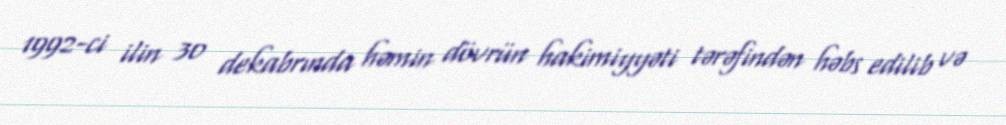
1992-ci ilin 30 dekabrında həmin dövrün hakimiyyəti tərəfindən həbs edilib və